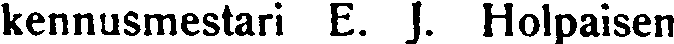
kennusmestari E. J. Holpaisen